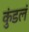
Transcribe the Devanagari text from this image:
कुंडलं